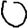
Digit: 0